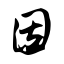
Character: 因